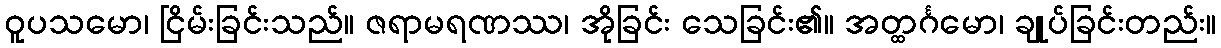
ဝူပသမော၊ ငြိမ်းခြင်းသည်။ ဇရာမရဏဿ၊ အိုခြင်း သေခြင်း၏။ အတ္ထင်္ဂမော၊ ချုပ်ခြင်းတည်း။